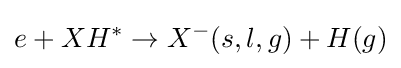
e+XH^{*}\rightarrow X^{-}(s,l,g)+H(g)